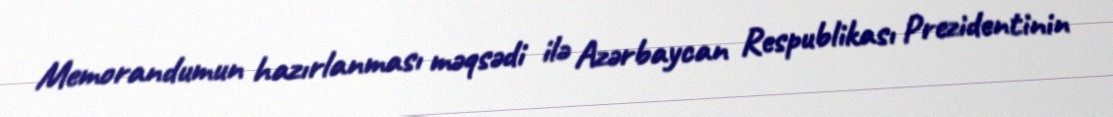
Memorandumun hazırlanması məqsədi ilə Azərbaycan Respublikası Prezidentinin